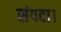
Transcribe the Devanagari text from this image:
संपदा।